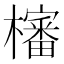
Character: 㰂